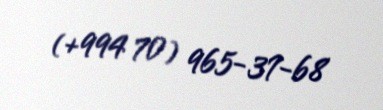
(+994 70) 965-37-68